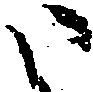
い